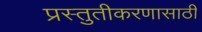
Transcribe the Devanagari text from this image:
प्रस्तुतीकरणासाठी